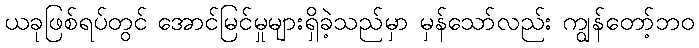
ယခုဖြစ်ရပ်တွင် အောင်မြင်မှုများရှိခဲ့သည်မှာ မှန်သော်လည်း ကျွန်တော့်ဘဝ